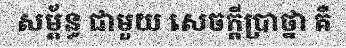
សម្ព័ន្ធ ជាមួយ សេចក្តីប្រាថ្នា គឺ